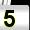
Digit: 5